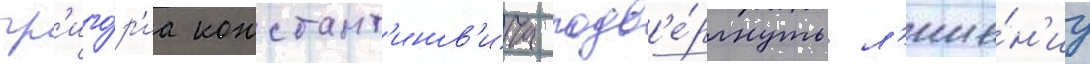
гр'иго́р'иа констант'инов'ича подв'е́ргнуть л'ише́н'иу